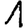
Digit: 1